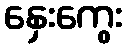
နှေးကွေး